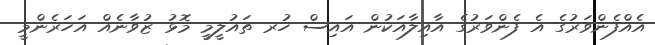
އެއްފެންވަރުގެ އެ ފެންވަރުގެ އާއިލާއަކުން އައިސް ހުރ ތައުލީމީ މޮޅު ޒުވާނެއް އަހަރެންމީ